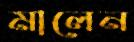
মালেন